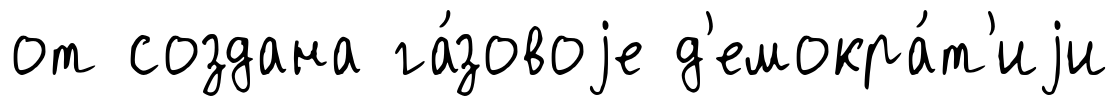
от создана га́зовоjе д'емокра́т'иjи